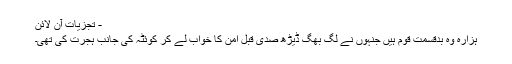
- تجزیات آن لائن
ہزارہ وہ بدقسمت قوم ہیں جنہوں نے لگ بھگ ڈیڑھ صدی قبل امن کا خواب لے کر کوئٹہ کی جانب ہجرت کی تھی۔